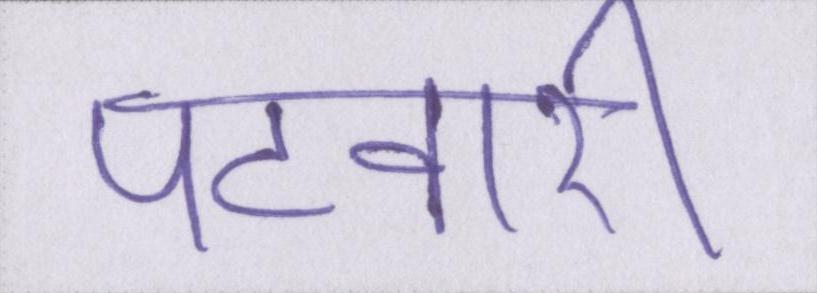
पटवारी